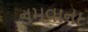
નમવાના